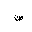
Letter: _sad